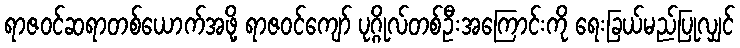
ရာဇဝင်ဆရာတစ်ယောက်အဖို့ ရာဇဝင်ကျော် ပုဂ္ဂိုလ်တစ်ဦးအကြောင်းကို ရေးခြယ်မည်ပြုလျှင်